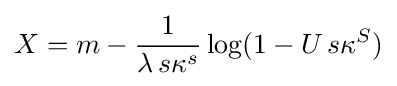
X=m-{\frac {1}{\lambda \,s\kappa ^{s}}}\log(1-U\,s\kappa ^{S})